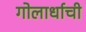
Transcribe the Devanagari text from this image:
गोलार्धाची